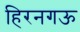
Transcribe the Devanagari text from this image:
हिरनगऊ